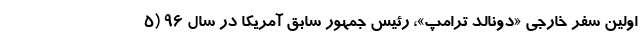
اولین سفر خارجی «دونالد ترامپ»، رئیس جمهور سابق آمریکا در سال ۹۶ (۵